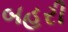
બહરી